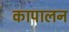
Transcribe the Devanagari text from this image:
कापालन